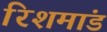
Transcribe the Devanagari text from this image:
रिशमांड